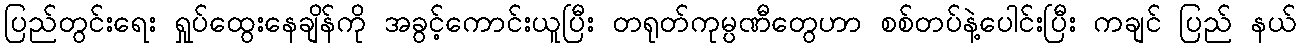
ပြည်တွင်းရေး ရှုပ်ထွေးနေချိန်ကို အခွင့်ကောင်းယူပြီး တရုတ်ကုမ္ပဏီတွေဟာ စစ်တပ်နဲ့ပေါင်းပြီး ကချင် ပြည် နယ်